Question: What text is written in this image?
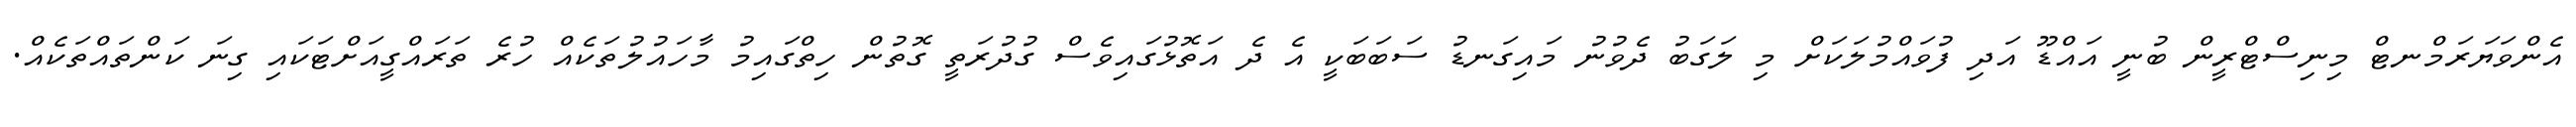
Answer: އެންވަޔަރަމްނޓް މިނިސްޓްރީން ބުނީ އައްޑޫ އަދި ފުވައްމުލަކަށް މި ލަގަބު ދެވުނު މައިގަނޑު ސަބަބަކީ އެ ދެ އަތޮޅުގައިވެސް ގުދުރަތީ ގޮތުން ހިތްގައިމު މާހައުލުތަކެއް ހުރެ ތަރައްގީއަށްޓަކައި ގިނަ ކަންތައްތަކެއް.